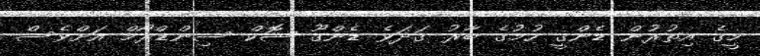
މީގެ އިތުރުން ޑެންގީ ހުމުގެ ބާރު ގަދަވެ ޑެންގޫ ޝޮކް ސިންޑްރޯމް އަށްވެސް